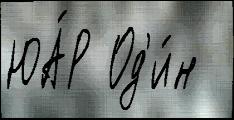
ЮА́Р Од'и́н